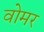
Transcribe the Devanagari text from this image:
वोमर